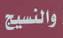
والنسيج